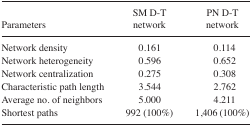
| Parameters | SM D-T network | PN D-T network |
 | --- | --- | --- |
 | Network density | 0.161 | 0.114 |
 | Network heterogeneity | 0.596 | 0.652 |
 | Network centralization | 0.275 | 0.308 |
 | Characteristic path length | 3.544 | 2.762 |
 | Average no. of neighbors | 5.000 | 4.211 |
 | Shortest paths | 992 (100%) | 1,406 (100%) |